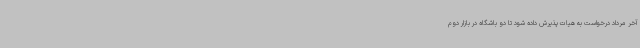
آخر مرداد درخواست به هیات پذیرش داده شود تا دو باشگاه در بازار دوم